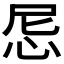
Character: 𢘒